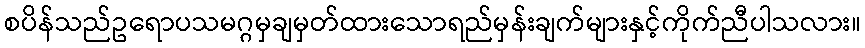
စပိန်သည်ဥရောပသမဂ္ဂမှချမှတ်ထားသောရည်မှန်းချက်များနှင့်ကိုက်ညီပါသလား။